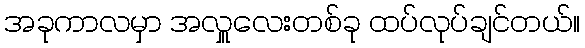
အခုကာလမှာ အလှူလေးတစ်ခု ထပ်လုပ်ချင်တယ်။